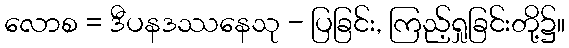
လောစ = ဒီပနဒဿနေသု - ပြခြင်း, ကြည့်ရှုခြင်းတို့၌။